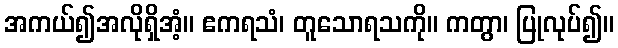
အကယ်၍အလိုရှိအံ့။ ဧကရသံ၊ တူသောရသကို။ ကတွာ၊ ပြုလုပ်၍။